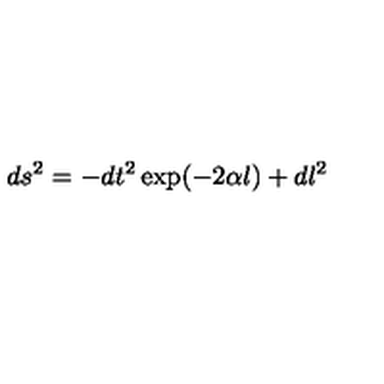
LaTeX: d s ^ { 2 } = - d t ^ { 2 } \exp ( - 2 \alpha l ) + d l ^ { 2 }